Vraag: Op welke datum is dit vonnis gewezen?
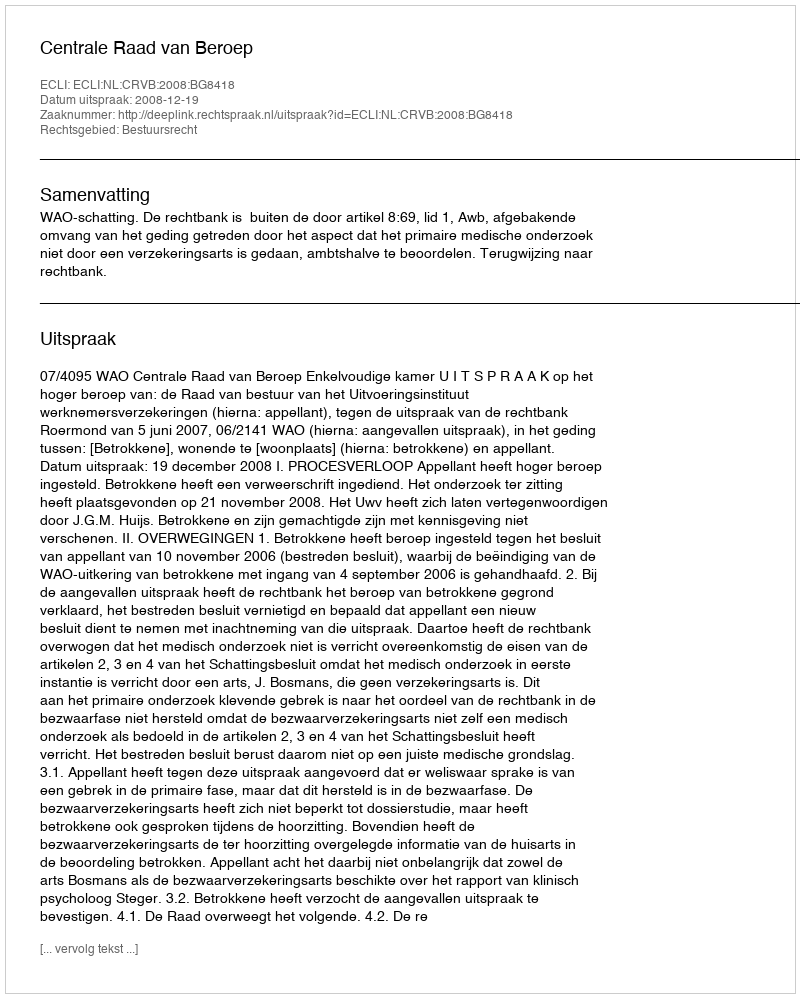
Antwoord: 2008-12-19